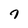
Character: 7